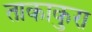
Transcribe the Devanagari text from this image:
ताकाकुरा